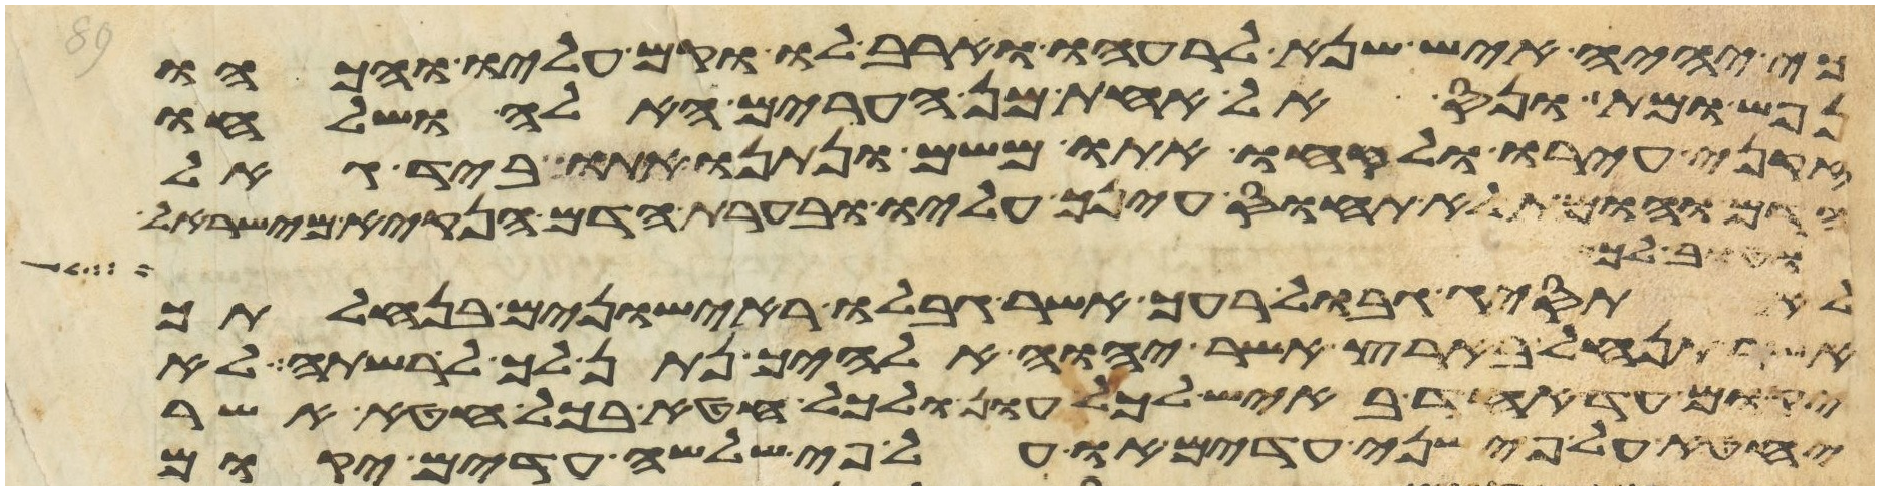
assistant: כי יהיה איש שנא לרעהו וארב לו וקם עליו והכהו
נפש ומת ונס אל אחת מן הערים האלה ושלחו
זקני עירו ולקחו אתו משם ונתנו אתו ביד גאל
הדם והומת לא תחוס עינך עליו ובערת הדם הנקיא מישראל
וטוב לך
לא תסיג גבול רעך אשר גבלו ראישונים בנחלתך
אשר תנחל בארץ אשר יהוה אלהיך נתן לך לרשתה לא
יקום עד אחד באיש לכל עון ולכל חטא בכל חטא אשר
יחטא על פי שני עדים או על פי שלשה עדים יקום